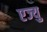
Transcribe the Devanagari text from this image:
एज्यु